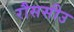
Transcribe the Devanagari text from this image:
रौससीउ